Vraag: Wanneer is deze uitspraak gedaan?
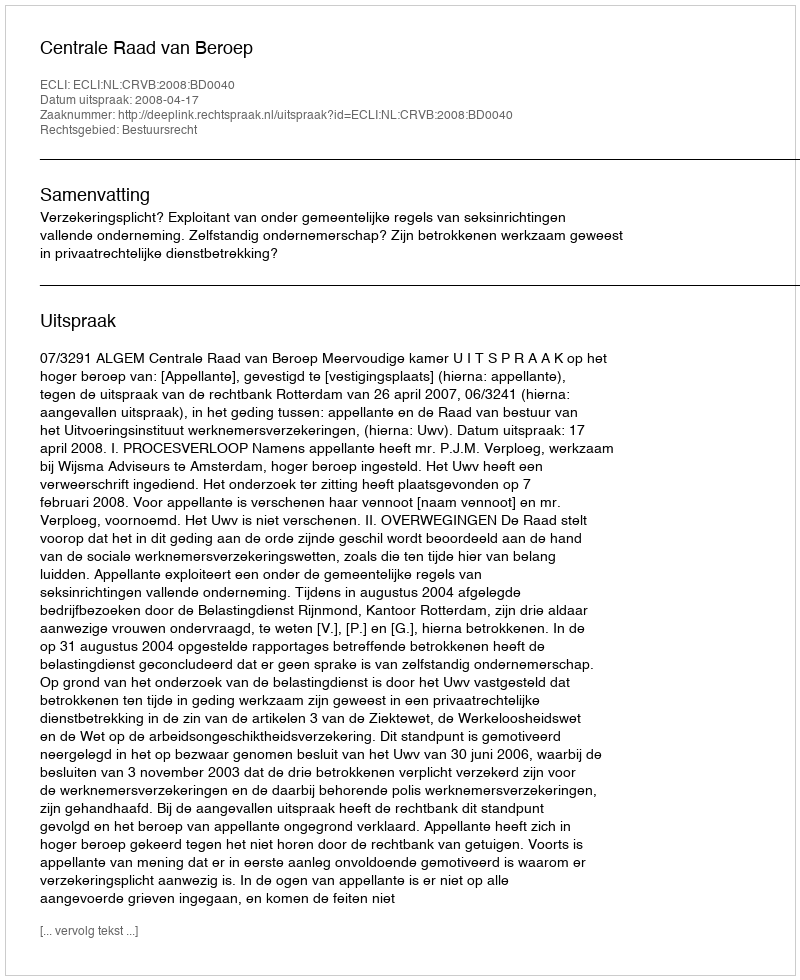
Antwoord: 2008-04-17